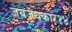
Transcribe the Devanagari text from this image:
जयजयकार१४